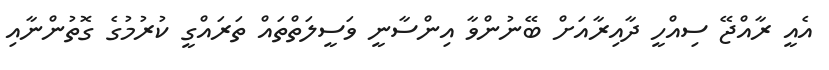
އެއީ ރާއްޖޭ ސިއްހީ ދާއިރާއަށް ބޭނުންވާ އިންސާނީ ވަސީލަތްތައް ތަރައްގީ ކުރުމުގެ ގޮތުންނާއި